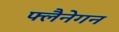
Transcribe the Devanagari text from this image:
फ्लैनेगन